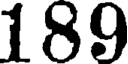
189